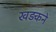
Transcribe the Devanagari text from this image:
खड़कने